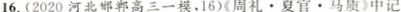
16.(2020河北邯郸高三一模，16)《周礼。夏官。马质》中记